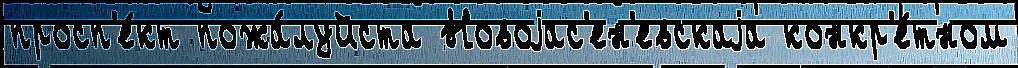
просп'е́кт пожа́луйста Новоjас'ен'евскаjа конкр'е́тном